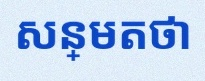
សន្មតថា x ជាចំនួនពិត